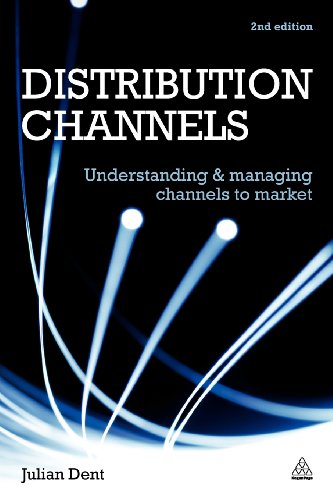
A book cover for Distribution Channels: Understanding and Managing Channels to Market; Julian Dent; Business & Money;